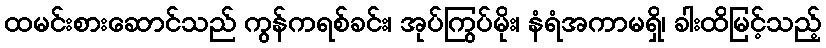
ထမင်းစားဆောင်သည် ကွန်ကရစ်ခင်း၊ အုပ်ကြွပ်မိုး၊ နံရံအကာမရှိ၊ ခါးထိမြင့်သည့်